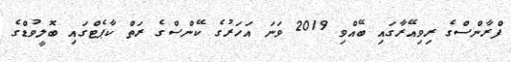
ފްރާންސްގެ ރިވިއޭރާގައި ބޭއްވި 2019 ވަނަ އަހަރުގެ ކޭންސްގެ ރަތް ކާޕެޓްގައި ބޮލީވުޑްގެ